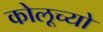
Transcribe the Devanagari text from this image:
कोलूच्यो